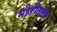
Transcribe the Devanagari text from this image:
मोडीतली